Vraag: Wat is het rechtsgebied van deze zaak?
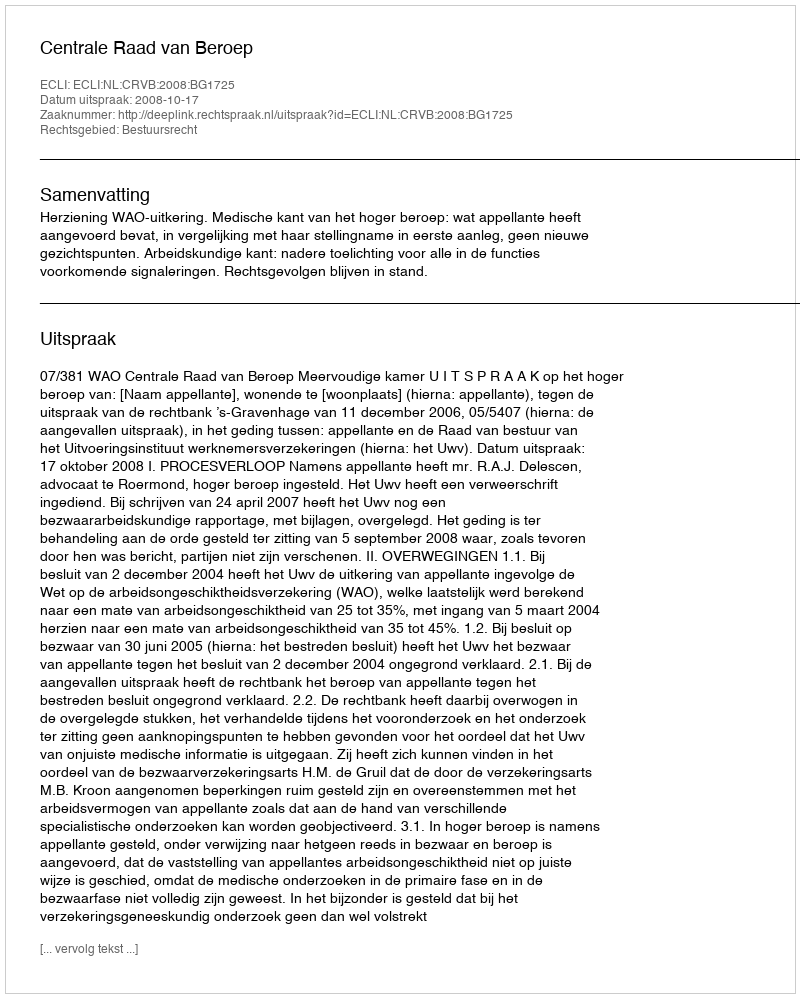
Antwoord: Bestuursrecht